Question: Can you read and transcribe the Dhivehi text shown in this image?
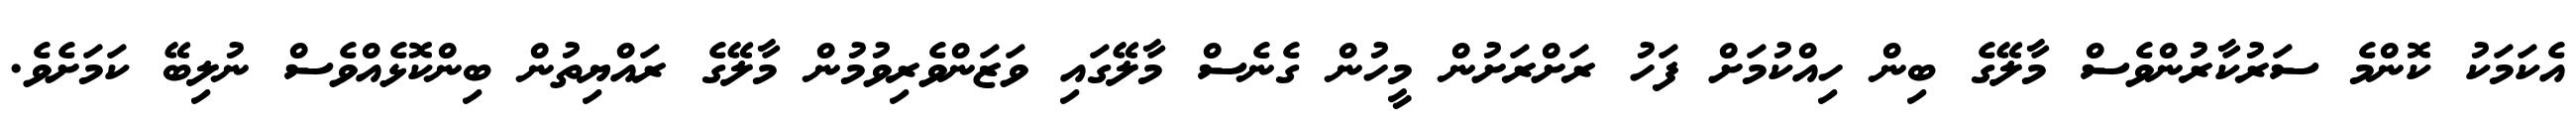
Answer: އެކަމަކު ކޮންމެ ސަރުކާރުންވެސް މާލޭގެ ބިން ހިއްކުމަށް ފަހު ރަށްރަށުން މީހުން ގެނެސް މާލޭގައި ވަޒަންވެރިވުމުން މާލޭގެ ރައްޔިތުން ބިންކޮޅެއްވެސް ނުލިބޭ ކަމަށެވެ.